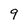
Character: 9